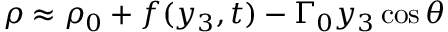
\rho \approx \rho _ { 0 } + f ( y _ { 3 } , t ) - \Gamma _ { 0 } y _ { 3 } \cos \theta